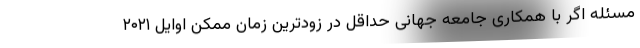
مسئله اگر با همکاری جامعه جهانی حداقل در زودترین زمان ممکن اوایل ۲۰۲۱